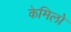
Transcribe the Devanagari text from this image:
केमिलो